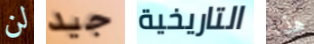
لن جيد التاريخية هذا